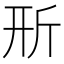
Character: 𣂖